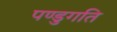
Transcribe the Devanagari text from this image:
पण्डुगति